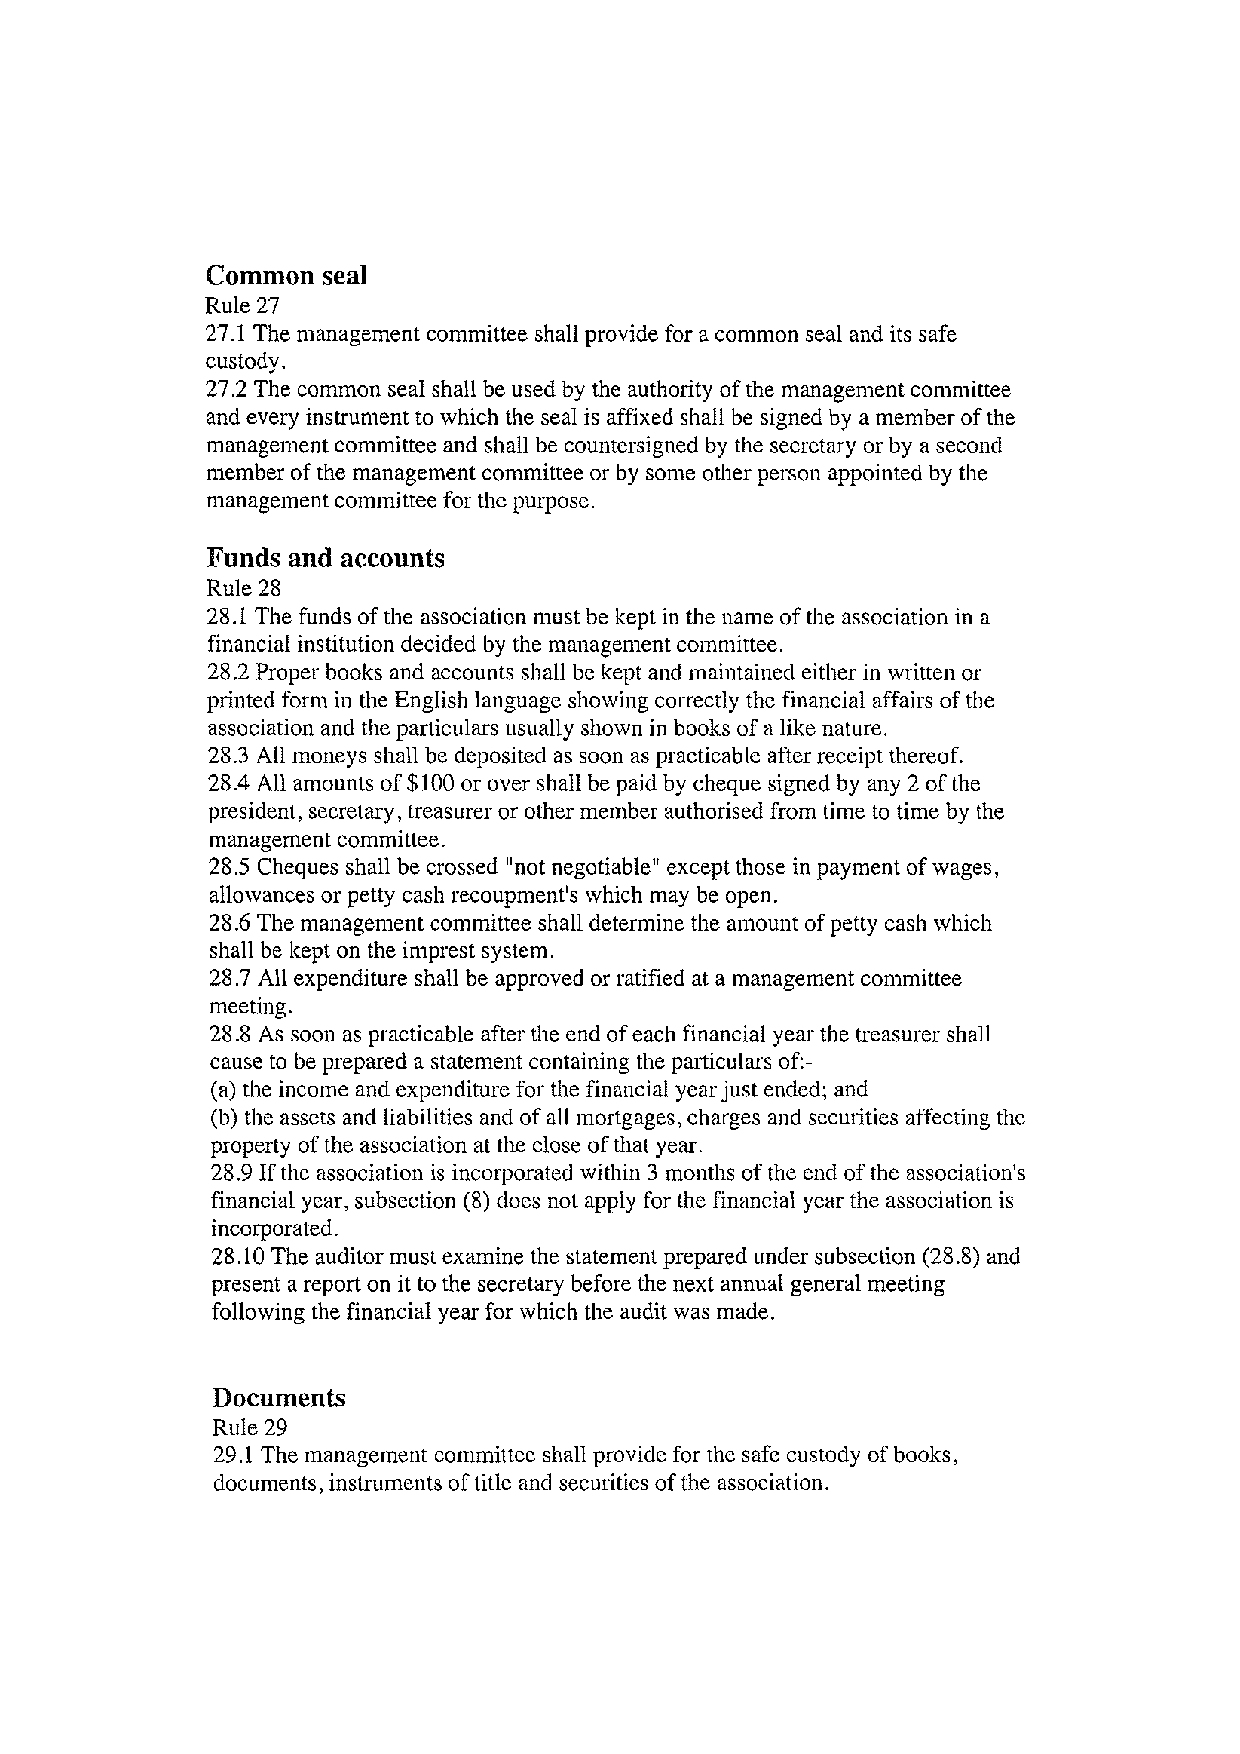
Common seal
 Rule 27
 27.1 The management committee shall provide for a common seal and its safe
 custody.
 27.2 The common seal shall be used by the authority ofthe managementcommittee
 and every instrumentto which the seal is affixed shall be signed by a memberofthe
 managementcommitteeand shall be countersigned by the secretary orby asecond
 member of the management committeeor by some other person appointed by the
 managementcommitteefor the purpose.
 Funds and accounts
 Rule 28
 28.1 The funds ofthe association must bekept inthe name ofthe association in a
 financial institutiondecidedby the managementcommittee.
 28.2 Proper books and accounts shall be kept and maintained either in written or
 printed form in the English language showing correctly the financial affairs of the
 association and the particulars usually shown in books ofa like nature.
 28.3 Allmoneys shall be deposited as soon aspracticable after receiptthereof.
 28.4 All amounts of$100 or over shall be paid by chequesigned by any 2 of the
 president, secretary, treasureror other member authorised from time to time by the
 management committee.
 28.5 Cheques shall be crossed "not negotiable" exceptthose in paymentof wages,
 allowances or petty cash recoupment's which may be open.
 28.6 The management committee shall determine the amount of petty cash which
 shall be kept on the imprestsystem.
 28.7 All expenditure shall be approved or ratified at a management committee
 meeting.
 28.8 As soon as practicable after the end ofeach financial year the treasurer shall
 cause tobe prepareda statementcontaining the particulars of:-
 (a) the income and expenditurefor the financial year justended; and
 (b) the assets and liabilities and ofall mortgages, charges and securities affecting the
 property of the association at the close ofthat year.
 28.9 If the association is incorporated within 3 months of the end ofthe association's
 financial year, subsection (8)does not apply for thefinancial year the association is
 incorporated.
 28.10 The auditormust examine the statementprepared under subsection (28.8) and
 present areporton it to the secretary before the next annual general meeting
 following thefinancial year for which the audit was made.
 Docnments
 Rule 29
 29.1The management committeeshall provide for thesafe custody of books,
 documents, instrumentsoftitle and securitiesofthe association.